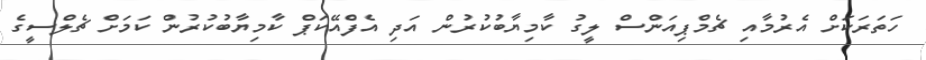
ހަތަރަކަށް އެރުމާއި ޗެމްޕިއަންސް ލީގު ކާމިޔާބުކުރުން އަދި އެފްއޭކަޕް ކާމިޔާބުކުރުން ކަމަށް ޗެލްސީގެ